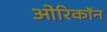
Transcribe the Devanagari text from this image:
ओरिकॉन